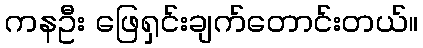
ကနဦး ဖြေရှင်းချက်တောင်းတယ်။